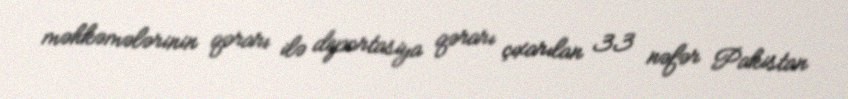
məhkəmələrinin qərarı ilə deportasiya qərarı çıxarılan 33 nəfər Pakistan